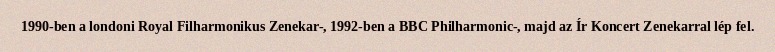
1990-ben a londoni Royal Filharmonikus Zenekar-, 1992-ben a BBC Philharmonic-, majd az Ír Koncert Zenekarral lép fel.